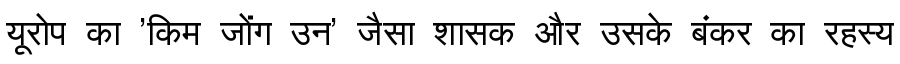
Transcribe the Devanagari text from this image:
यूरोप का 'किम जोंग उन' जैसा शासक और उसके बंकर का रहस्य